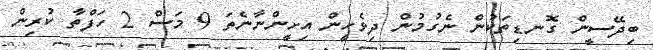
ބިދޭސީން ގޮނޑިތަކުން ނެގުމުން ދިވެހީން އިށީންނާނެތަ 9 މަސް 2 ހަފްތާ ކުރިން